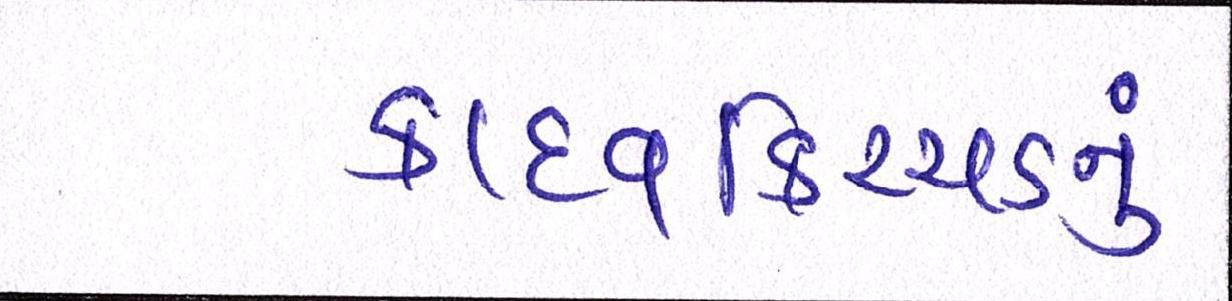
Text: કાદવ-કિચ્ચડનું